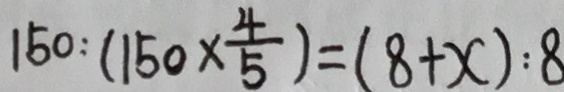
1 5 0 : ( 1 5 0 \times \frac { 4 } { 5 } ) = ( 8 + x ) : 8